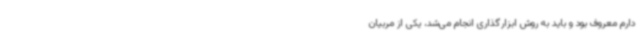
دارم معروف بود و باید به روش ابزارگذاری انجام می‌شد، یکی از مربیان